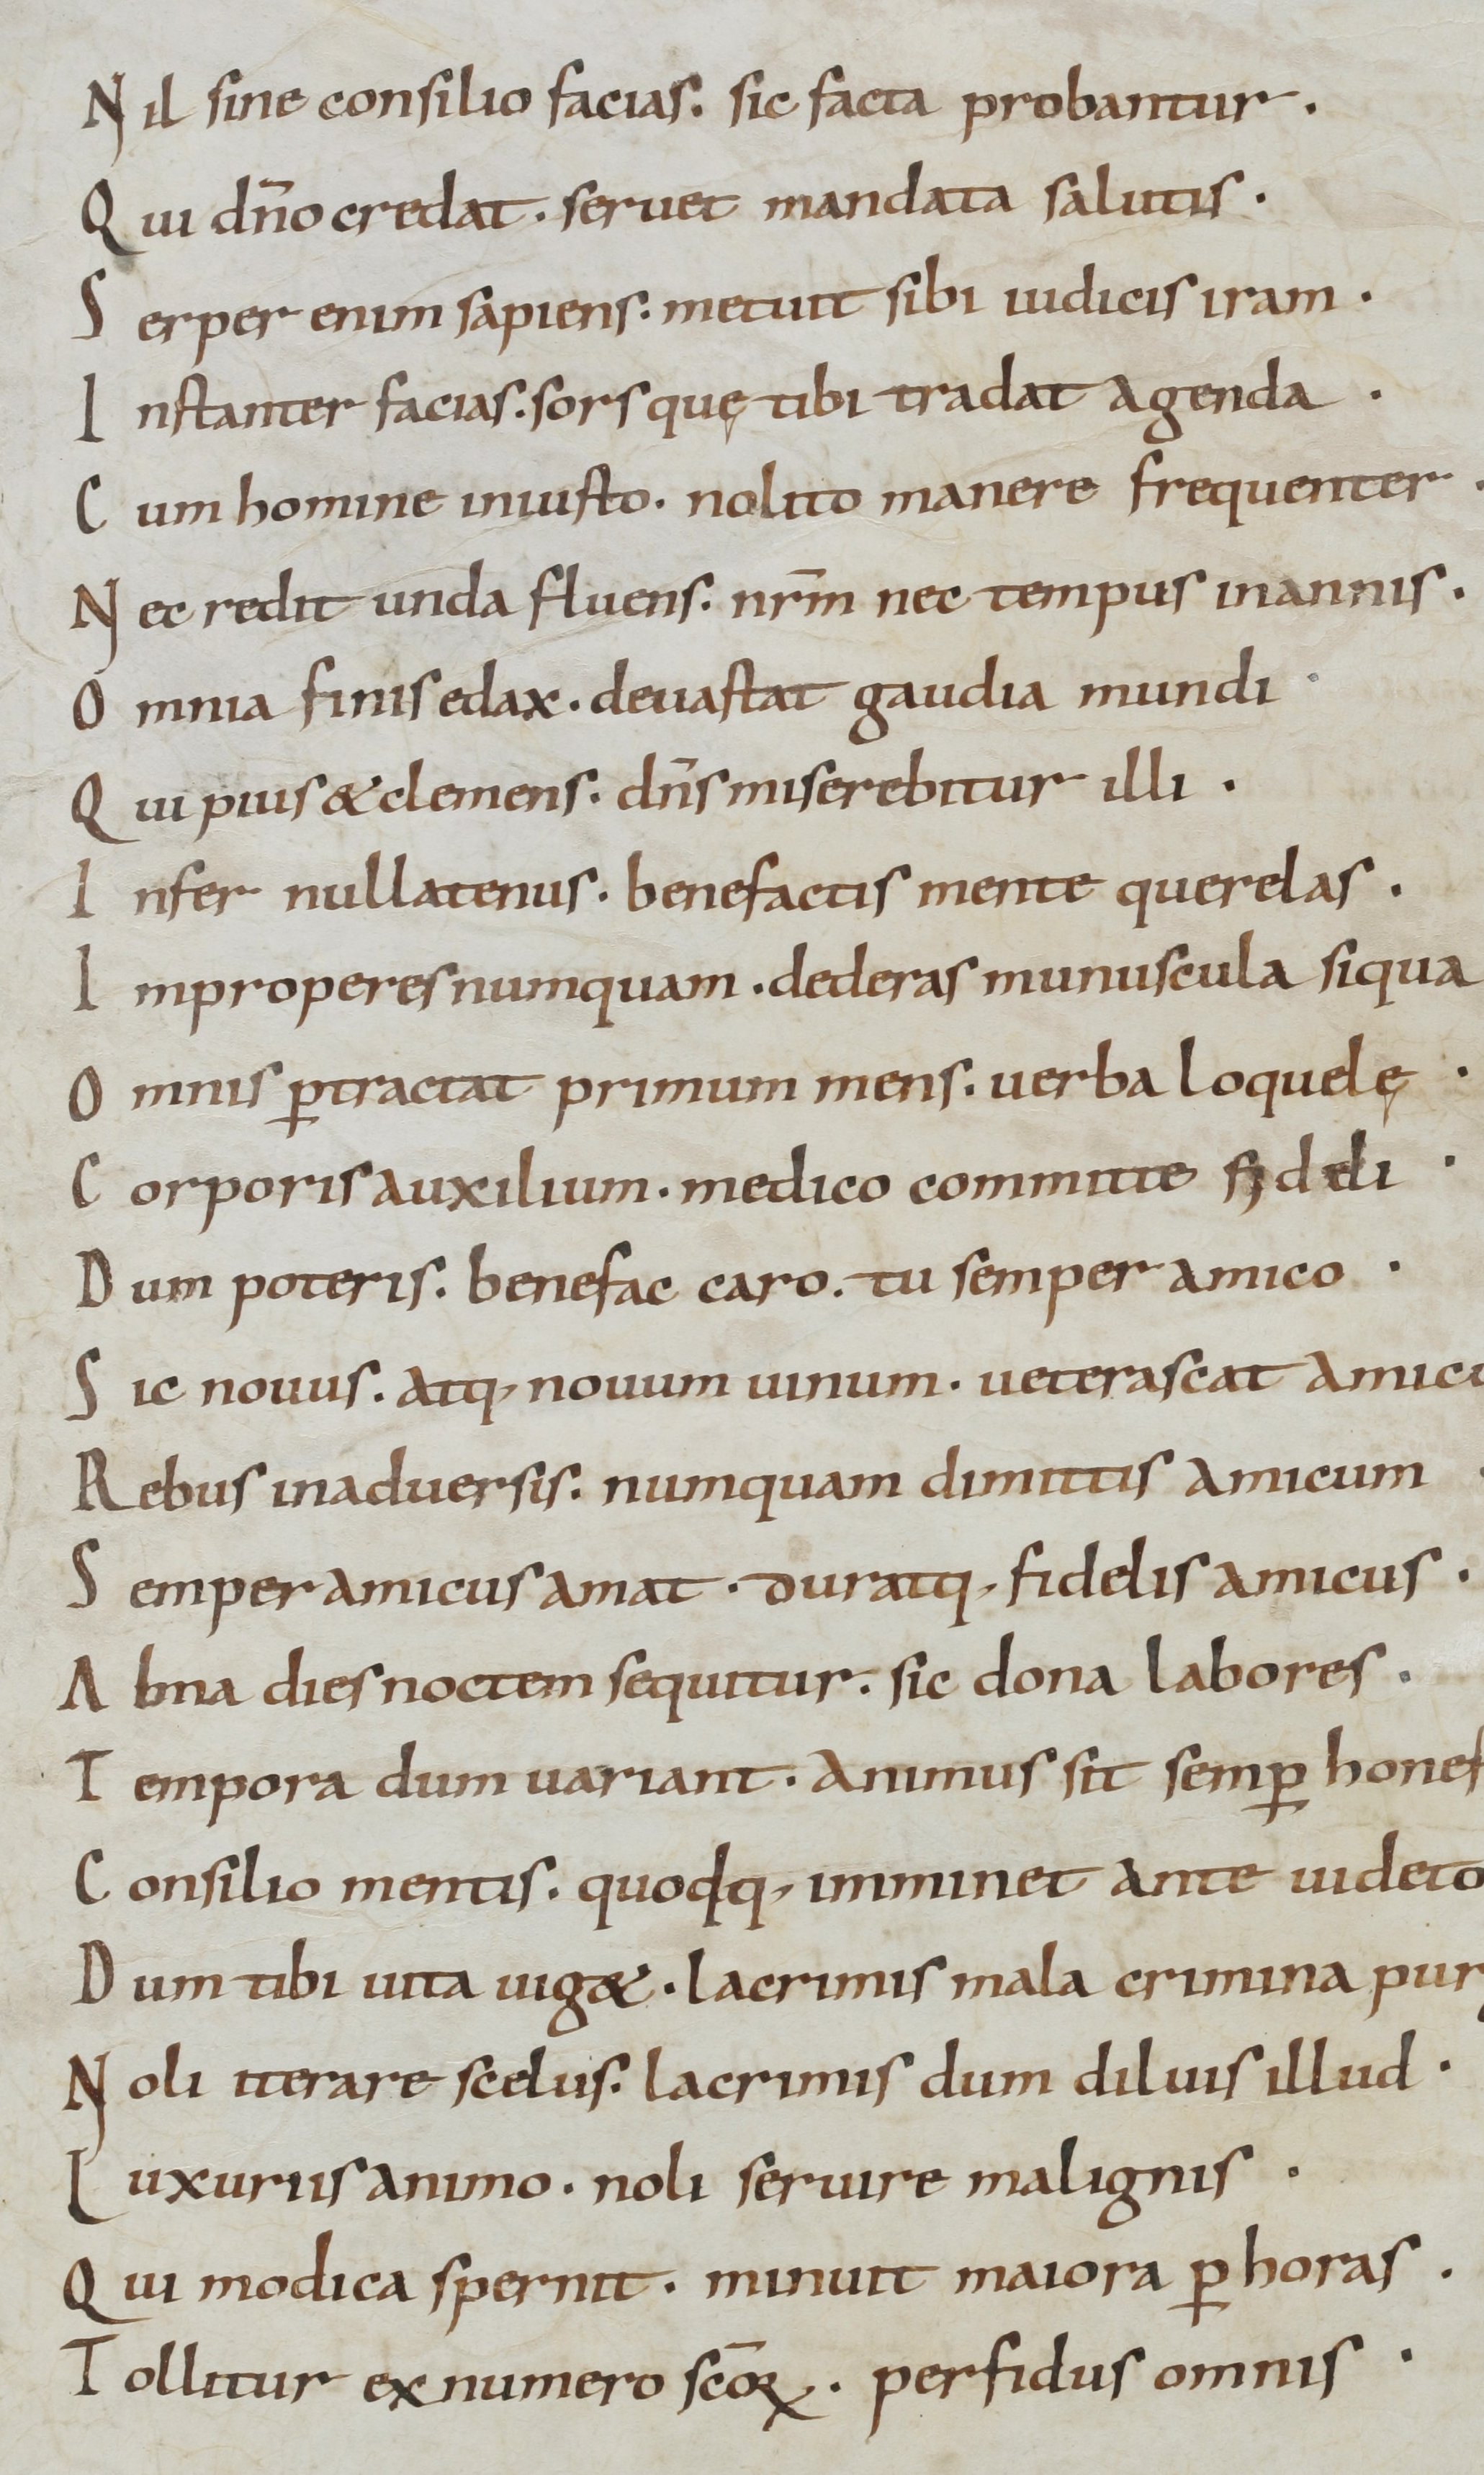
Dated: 800–999